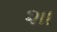
શા